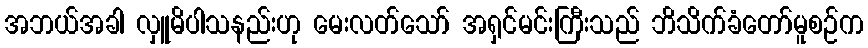
အဘယ်အခါ လှူမိပါသနည်းဟု မေးလတ်သော် အရှင်မင်းကြီးသည် ဘိသိက်ခံတော်မူစဉ်က